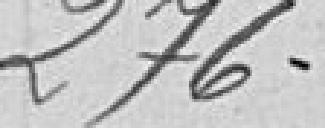
276